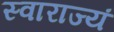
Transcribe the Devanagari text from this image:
स्वाराज्यं